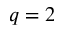
q = 2